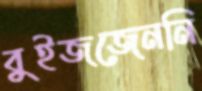
বুইজজেননি